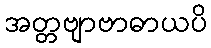
အတ္တဗျာဗာဓာယပိ